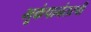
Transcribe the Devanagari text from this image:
भूकंपानंतरची